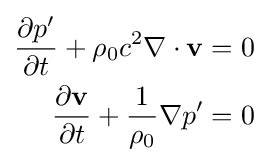
{\begin{aligned}{\frac {\partial p'}{\partial t}}+\rho _{0}c^{2}\nabla \cdot \mathbf {v} &=0\\{\frac {\partial \mathbf {v} }{\partial t}}+{\frac {1}{\rho _{0}}}\nabla p'&=0\end{aligned}}